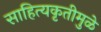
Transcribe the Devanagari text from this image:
साहित्यकृतीमुळे